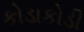
કોડાકોડી